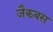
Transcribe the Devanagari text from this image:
जैकबस